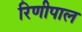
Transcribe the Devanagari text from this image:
रिणीपाल